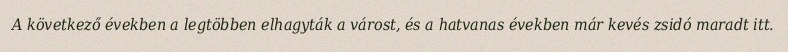
A következő években a legtöbben elhagyták a várost, és a hatvanas években már kevés zsidó maradt itt.